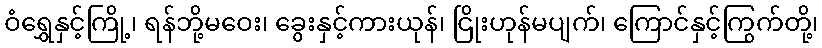
ဝံရွှေနှင့်ကြို့၊ ရန်ဘို့မဝေး၊ ခွေးနှင့်ကားယုန်၊ ငြိုးဟုန်မပျက်၊ ကြောင်နှင့်ကြွက်တို့၊